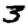
Digit: 3